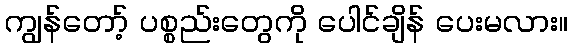
ကျွန်တော့် ပစ္စည်းတွေကို ပေါင်ချိန် ပေးမလား။